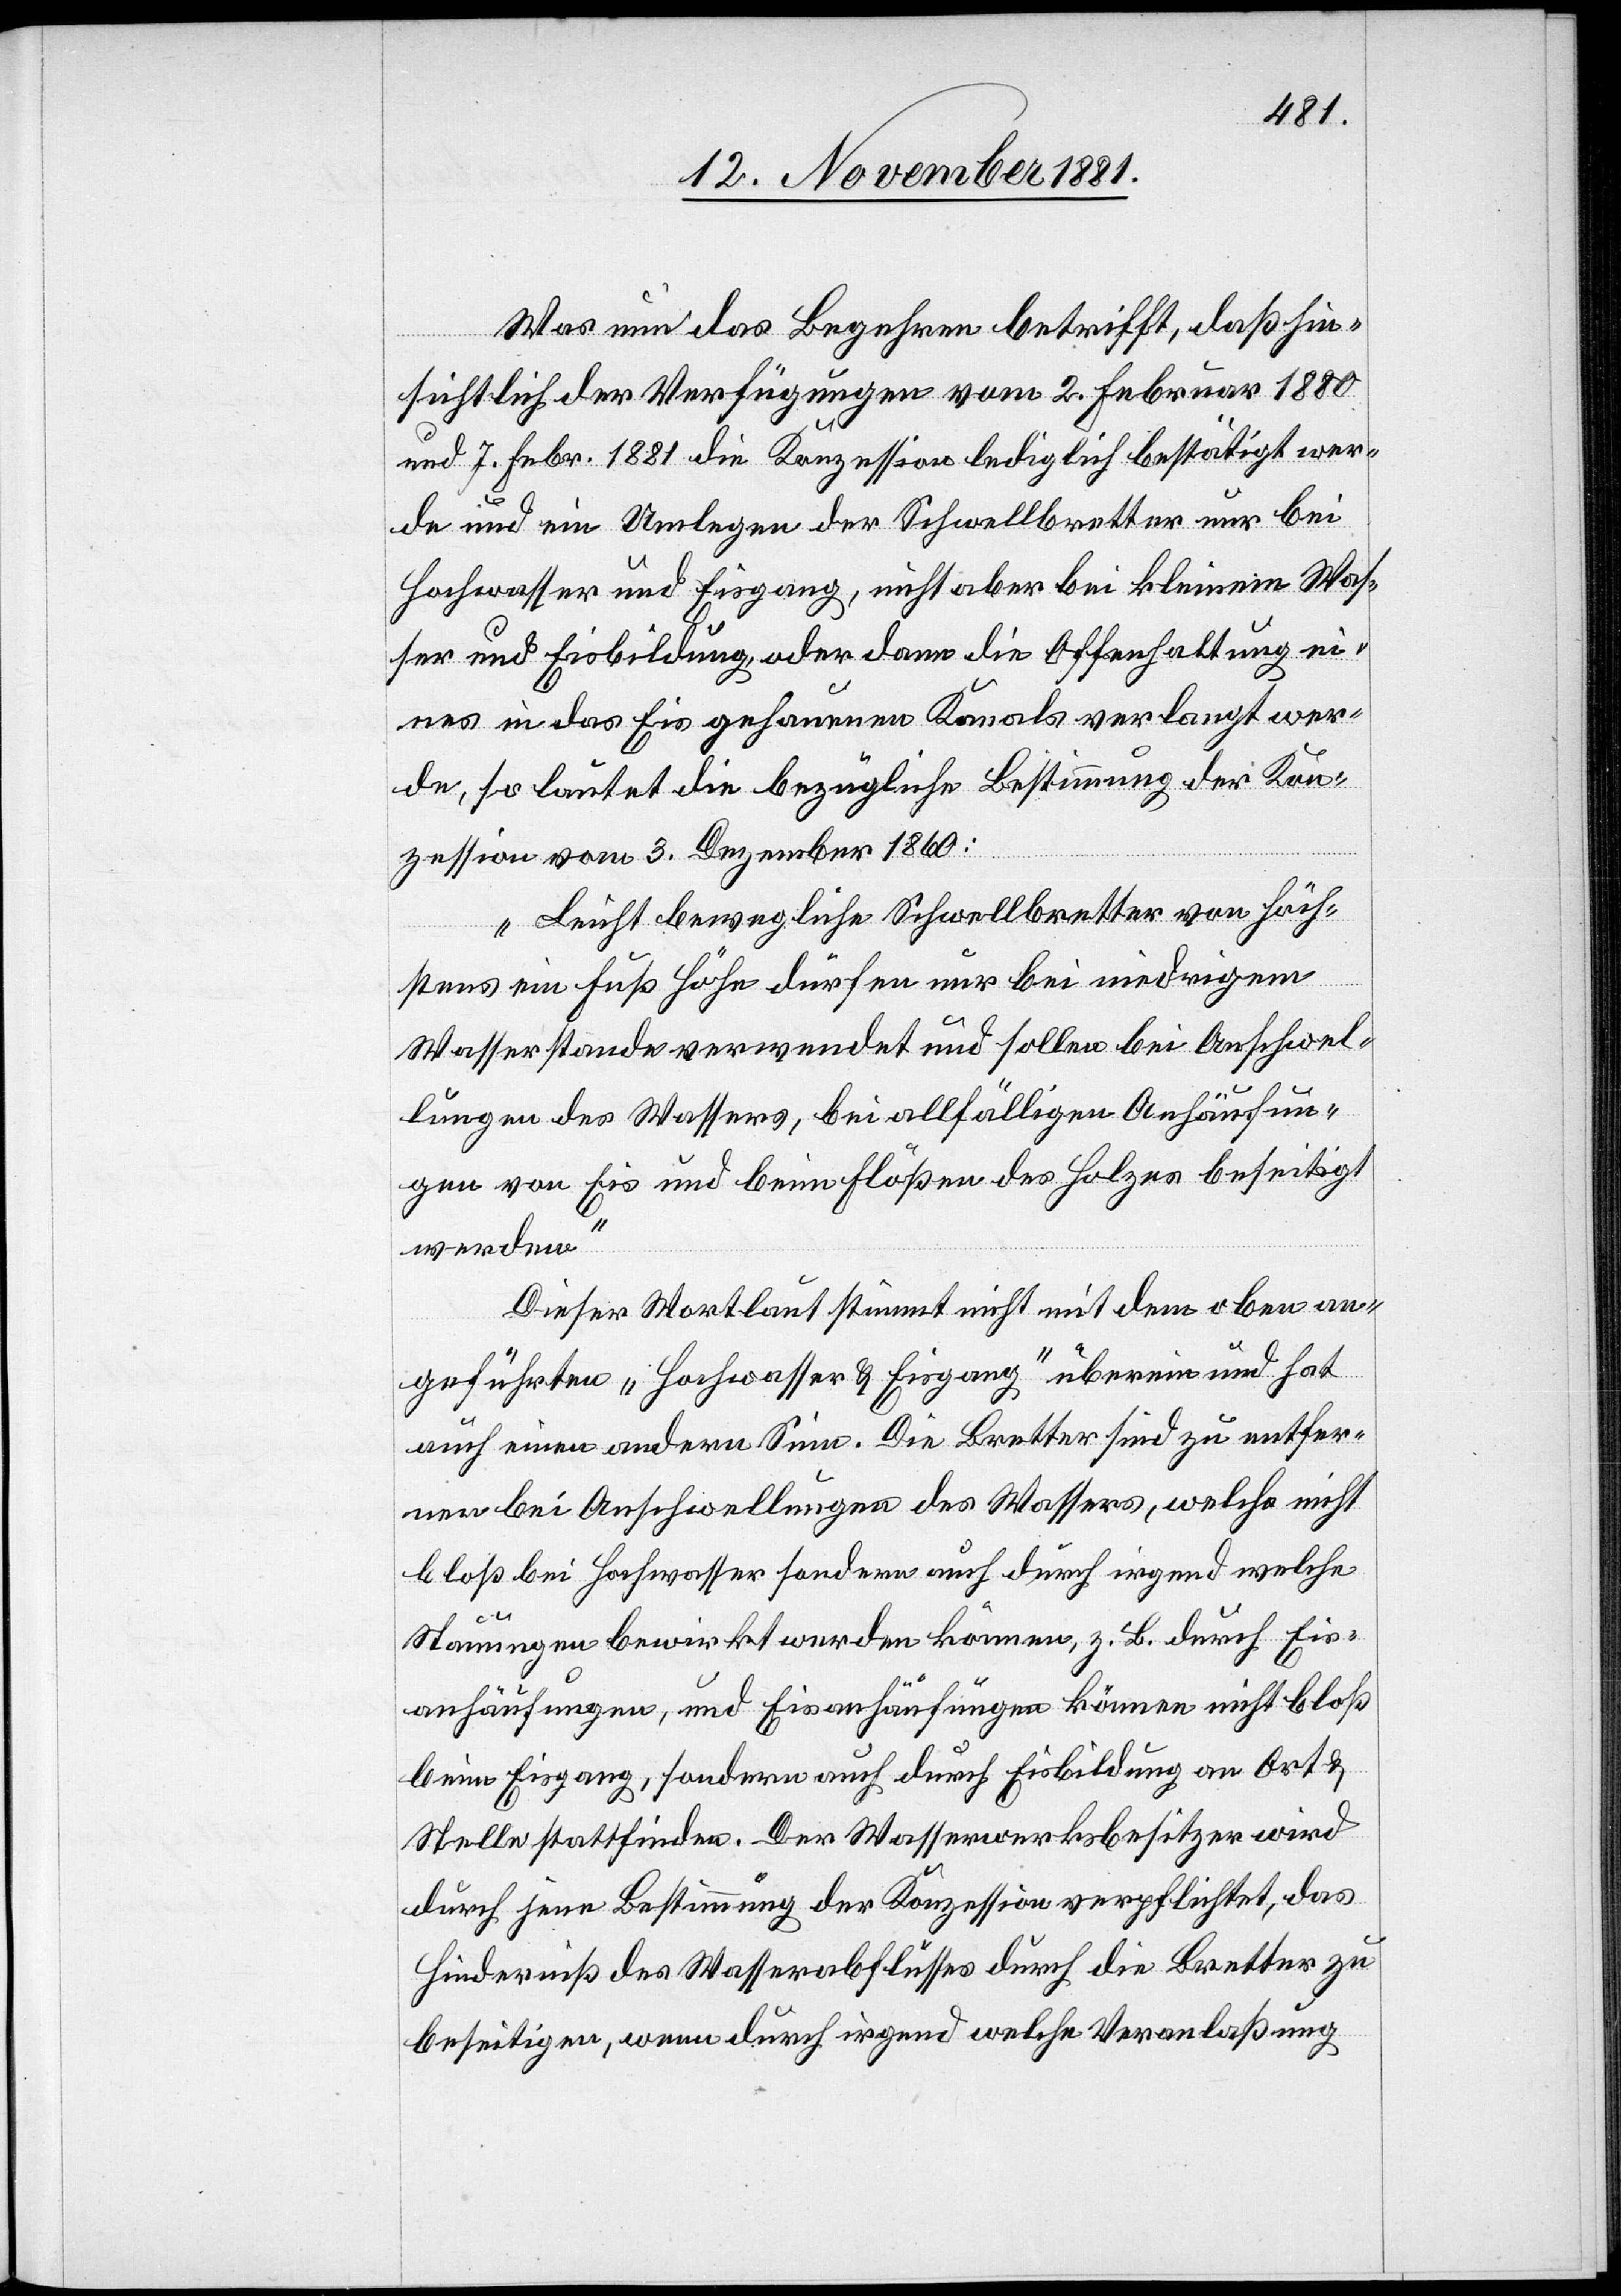
Was nun das Begehren betrifft, daß hin¬
sichtlich der Verfügungen vom 2. Februar 1880
und 7. Febr. 1881 die Konzession lediglich bestätigt wer¬
de und ein Umlegen der Schwellbretter nur bei
Hochwasser und Eisgang, nicht aber bei kleinem Was¬
ser und Eisbildung, oder dann die Offenhaltung ei¬
nes in das Eis gehauenen Kanals verlangt wer¬
de, so lautet die bezügliche Bestimmung der Kon¬
können
zession vom 3. Dezember 1860:
„Leicht bewegliche Schwellbretter von höch¬
stens ein Fuß Höhe dürfen nur bei niedrigem
Wasserstande verwendet und sollen bei Anschwel¬
lungen des Wassers, bei allfälligen Anhäufun¬
gen von Eis und beim Flößen des Holzes beseitigt
werden.“
Dieser Wortlaut stimmt nicht mit dem oben an¬
geführten „Hochwasser & Eisgang“ überein und hat
auch einen andern Sinn. Die Bretter sind zu entfer¬
beim Eisgang, sondern auch durch Eisbildung an Ort &
Stelle stattfinden. Der Wasserwerksbesitzer wird
durch jene Bestimmung der Konzession verpflichtet, das
Hinderniß des Wasserabflußes durch die Bretter zu
beseitigen, wenn durch irgend welche Veranlaßung